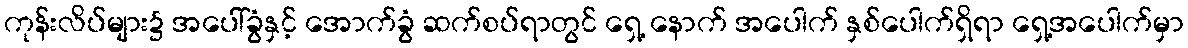
ကုန်းလိပ်များ၌ အပေါ်ခွံနှင့် အောက်ခွံ ဆက်စပ်ရာတွင် ရှေ့ နောက် အပေါက် နှစ်ပေါက်ရှိရာ ရှေ့အပေါက်မှာ